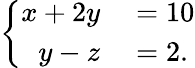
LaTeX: \left\{ \begin{array}{ll}{{\begin{array}{rl}{x+2y}&{{}=10}\\ {y-z}&{{}=2.}\end{array}}}\end{array}\right.